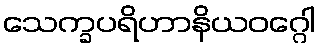
သေက္ခပရိဟာနိယဝဂ္ဂေါ